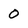
Character: 0